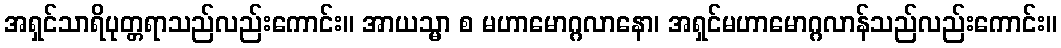
အရှင်သာရိပုတ္တရာသည်လည်းကောင်း။ အာယသ္မာ စ မဟာမောဂ္ဂလာနော၊ အရှင်မဟာမောဂ္ဂလာန်သည်လည်းကောင်း။